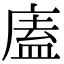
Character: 廅